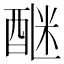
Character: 𨡅